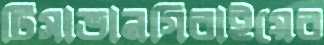
টিসাভানগিরাইয়ের